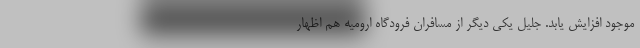
موجود افزایش یابد. جلیل یکی دیگر از مسافران فرودگاه ارومیه هم اظهار